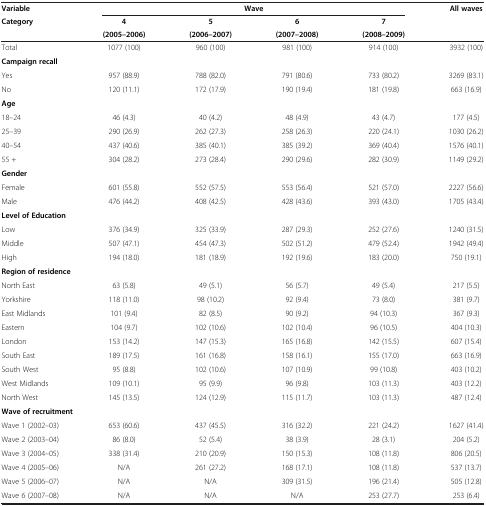
<table><thead><tr><td><b>Variable</b></td><td colspan="4"><b>Wave</b></td><td rowspan="3"><b>All waves</b></td></tr><tr><td rowspan="2"><b>Category</b></td><td><b>4</b></td><td><b>5</b></td><td><b>6</b></td><td><b>7</b></td></tr><tr><td><b>(2005–2006)</b></td><td><b>(2006–2007)</b></td><td><b>(2007–2008)</b></td><td><b>(2008–2009)</b></td></tr></thead><tbody><tr><td>Total</td><td>1077 (100)</td><td>960 (100)</td><td>981 (100)</td><td>914 (100)</td><td>3932 (100)</td></tr><tr><td><b>Campaign recall</b></td><td> </td><td> </td><td> </td><td> </td><td> </td></tr><tr><td>Yes</td><td>957 (88.9)</td><td>788 (82.0)</td><td>791 (80.6)</td><td>733 (80.2)</td><td>3269 (83.1)</td></tr><tr><td>No</td><td>120 (11.1)</td><td>172 (17.9)</td><td>190 (19.4)</td><td>181 (19.8)</td><td>663 (16.9)</td></tr><tr><td colspan="5"><b>Age</b></td><td> </td></tr><tr><td>18–24</td><td>46 (4.3)</td><td>40 (4.2)</td><td>48 (4.9)</td><td>43 (4.7)</td><td>177 (4.5)</td></tr><tr><td>25–39</td><td>290 (26.9)</td><td>262 (27.3)</td><td>258 (26.3)</td><td>220 (24.1)</td><td>1030 (26.2)</td></tr><tr><td>40–54</td><td>437 (40.6)</td><td>385 (40.1)</td><td>385 (39.2)</td><td>369 (40.4)</td><td>1576 (40.1)</td></tr><tr><td>55 +</td><td>304 (28.2)</td><td>273 (28.4)</td><td>290 (29.6)</td><td>282 (30.9)</td><td>1149 (29.2)</td></tr><tr><td colspan="5"><b>Gender</b></td><td> </td></tr><tr><td>Female</td><td>601 (55.8)</td><td>552 (57.5)</td><td>553 (56.4)</td><td>521 (57.0)</td><td>2227 (56.6)</td></tr><tr><td>Male</td><td>476 (44.2)</td><td>408 (42.5)</td><td>428 (43.6)</td><td>393 (43.0)</td><td>1705 (43.4)</td></tr><tr><td colspan="5"><b>Level of Education</b></td><td> </td></tr><tr><td>Low</td><td>376 (34.9)</td><td>325 (33.9)</td><td>287 (29.3)</td><td>252 (27.6)</td><td>1240 (31.5)</td></tr><tr><td>Middle</td><td>507 (47.1)</td><td>454 (47.3)</td><td>502 (51.2)</td><td>479 (52.4)</td><td>1942 (49.4)</td></tr><tr><td>High</td><td>194 (18.0)</td><td>181 (18.9)</td><td>192 (19.6)</td><td>183 (20.0)</td><td>750 (19.1)</td></tr><tr><td colspan="5"><b>Region of residence</b></td><td> </td></tr><tr><td>North East</td><td>63 (5.8)</td><td>49 (5.1)</td><td>56 (5.7)</td><td>49 (5.4)</td><td>217 (5.5)</td></tr><tr><td>Yorkshire</td><td>118 (11.0)</td><td>98 (10.2)</td><td>92 (9.4)</td><td>73 (8.0)</td><td>381 (9.7)</td></tr><tr><td>East Midlands</td><td>101 (9.4)</td><td>82 (8.5)</td><td>90 (9.2)</td><td>94 (10.3)</td><td>367 (9.3)</td></tr><tr><td>Eastern</td><td>104 (9.7)</td><td>102 (10.6)</td><td>102 (10.4)</td><td>96 (10.5)</td><td>404 (10.3)</td></tr><tr><td>London</td><td>153 (14.2)</td><td>147 (15.3)</td><td>165 (16.8)</td><td>142 (15.5)</td><td>607 (15.4)</td></tr><tr><td>South East</td><td>189 (17.5)</td><td>161 (16.8)</td><td>158 (16.1)</td><td>155 (17.0)</td><td>663 (16.9)</td></tr><tr><td>South West</td><td>95 (8.8)</td><td>102 (10.6)</td><td>107 (10.9)</td><td>99 (10.8)</td><td>403 (10.2)</td></tr><tr><td>West Midlands</td><td>109 (10.1)</td><td>95 (9.9)</td><td>96 (9.8)</td><td>103 (11.3)</td><td>403 (12.2)</td></tr><tr><td>North West</td><td>145 (13.5)</td><td>124 (12.9)</td><td>115 (11.7)</td><td>103 (11.3)</td><td>487 (12.4)</td></tr><tr><td colspan="5"><b>Wave of recruitment</b></td><td> </td></tr><tr><td>Wave 1 (2002–03)</td><td>653 (60.6)</td><td>437 (45.5)</td><td>316 (32.2)</td><td>221 (24.2)</td><td>1627 (41.4)</td></tr><tr><td>Wave 2 (2003–04)</td><td>86 (8.0)</td><td>52 (5.4)</td><td>38 (3.9)</td><td>28 (3.1)</td><td>204 (5.2)</td></tr><tr><td>Wave 3 (2004–05)</td><td>338 (31.4)</td><td>210 (20.9)</td><td>150 (15.3)</td><td>108 (11.8)</td><td>806 (20.5)</td></tr><tr><td>Wave 4 (2005–06)</td><td>N/A</td><td>261 (27.2)</td><td>168 (17.1)</td><td>108 (11.8)</td><td>537 (13.7)</td></tr><tr><td>Wave 5 (2006–07)</td><td>N/A</td><td>N/A</td><td>309 (31.5)</td><td>196 (21.4)</td><td>505 (12.8)</td></tr><tr><td>Wave 6 (2007–08)</td><td>N/A</td><td>N/A</td><td>N/A</td><td>253 (27.7)</td><td>253 (6.4)</td></tr></tbody></table>